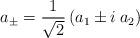
LaTeX: \begin{align*}a_{\pm}={1\over \sqrt 2}\left(a_1 \pm i\:a_2\right)\end{align*}